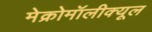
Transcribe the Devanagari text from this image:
मेक्रोमॉलीक्यूल